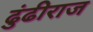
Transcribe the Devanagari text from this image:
ढुंढीराज